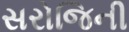
સરોજિની